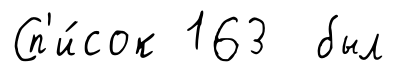
Сп'и́сок 163 был